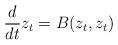
\begin{align*}\frac{d}{dt} z_t = B(z_t,z_t)\end{align*}